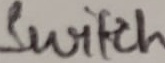
Text: Switch